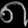
Digit: ၈